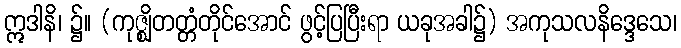
ဣဒါနိ၊ ၌။ (ကုဇ္ဈိတတ္တံတိုင်အောင် ဖွင့်ပြပြီးရာ ယခုအခါ၌) အကုသလနိဒ္ဒေသေ၊